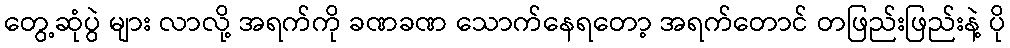
တွေ့ဆုံပွဲ များ လာလို့ အရက်ကို ခဏခဏ သောက်နေရတော့ အရက်တောင် တဖြည်းဖြည်းနဲ့ ပို